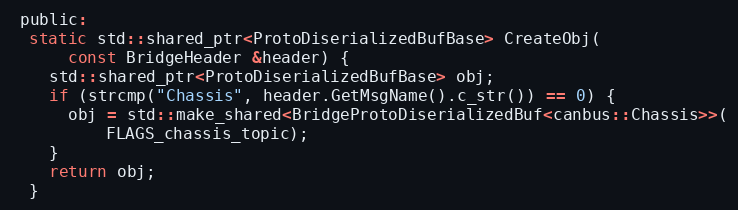
Language: C
 public:
  static std::shared_ptr<ProtoDiserializedBufBase> CreateObj(
      const BridgeHeader &header) {
    std::shared_ptr<ProtoDiserializedBufBase> obj;
    if (strcmp("Chassis", header.GetMsgName().c_str()) == 0) {
      obj = std::make_shared<BridgeProtoDiserializedBuf<canbus::Chassis>>(
          FLAGS_chassis_topic);
    }
    return obj;
  }